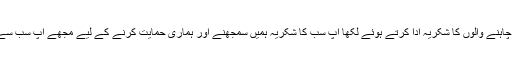
انہوں نے اپنے تمام چاہنے والوں کا شکریہ ادا کرتے ہوئے لکھا آپ سب کا شکریہ ہمیں سمجھنے اور ہماری حمایت کرنے کے لیے مجھے آپ سب سے بے حد محبت ہے۔